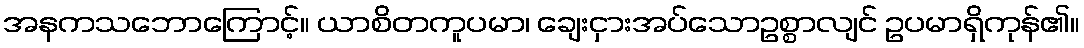
အနကသဘောကြောင့်။ ယာစိတကူပမာ၊ ချေးငှားအပ်သောဥစ္စာလျင် ဥပမာရှိကုန်၏။